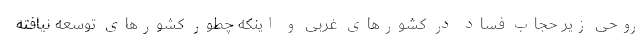
روحی زیر حجاب فساد در کشورهای غربی و اینکه چطور کشورهای توسعه نیافته